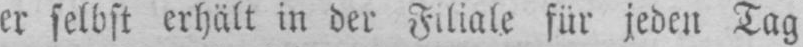
er selbst erhält in der Filiale für jeden Tag